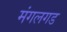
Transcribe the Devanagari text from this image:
मंगलगड